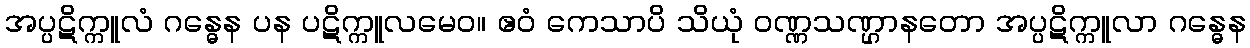
အပ္ပဋိက္ကူလံ ဂန္ဓေန ပန ပဋိက္ကူလမေဝ။ ဧဝံ ကေသာပိ သိယုံ ဝဏ္ဏသဏ္ဌာနတော အပ္ပဋိက္ကူလာ ဂန္ဓေန